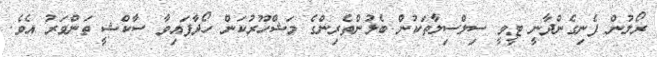
ރޯލުން ފެނިގެންދާނީ ޓީވީ ސިލްސިލާތަކުން ބެލުންތެރިންގެ މަޝްހޫރުކަން ހޯދާފައިވާ ސާކްޝީ ތަންވަރު އެވެ.